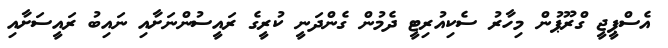
އެސްޕީޖީ ގްރޫޕުން މިހާރު ސެކިއުރިޓީ ދެމުން ގެންދަނީ ކުރީގެ ރައީސުންނަށާއި ނައިބު ރައީސަށާއި